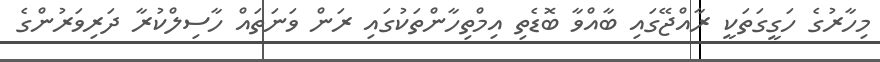
މިހާރުގެ ހަގީގަތަކީ ރާއްޖޭގައި ބާއްވާ ބޮޑެތި އިމްތިހާންތަކުގައި ރަން ވަނަތައް ހާސިލްކުރާ ދަރިވަރުންގެ